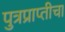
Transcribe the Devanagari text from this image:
पुत्रप्राप्‍तीचा